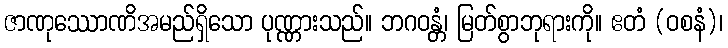
ဇာဏုဿောဏိအမည်ရှိသော ပုဏ္ဏားသည်။ ဘဂဝန္တံ၊ မြတ်စွာဘုရားကို။ ဧတံ (ဝစနံ)၊